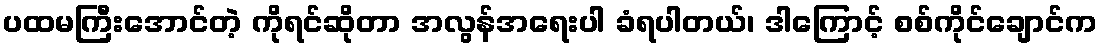
ပထမကြီးအောင်တဲ့ ကိုရင်ဆိုတာ အလွန်အရေးပါ ခံရပါတယ်၊ ဒါကြောင့် စစ်ကိုင်ချောင်က